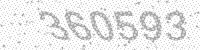
Solution: 360593